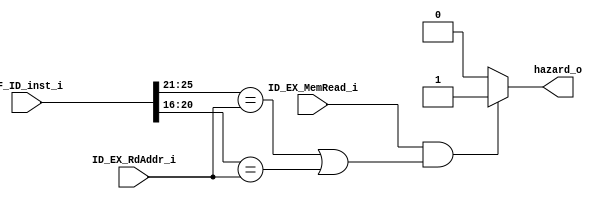
module Hazard
(
    ID_EX_MemRead_i,
    ID_EX_RdAddr_i,
    IF_ID_inst_i,
    hazard_o
);

input               ID_EX_MemRead_i;
input       [4:0]   ID_EX_RdAddr_i;
input       [31:0]  IF_ID_inst_i;
output  reg         hazard_o;

always @(*) begin

    if (ID_EX_MemRead_i && (IF_ID_inst_i[25:21] == ID_EX_RdAddr_i || IF_ID_inst_i[20:16] == ID_EX_RdAddr_i)) begin
        hazard_o = 1'b1;
    end
    else begin
        hazard_o = 1'b0;
    end
end

endmodule